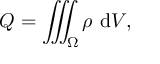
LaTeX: Q = \iiint _ { \Omega } \rho \ \mathrm { d } V ,